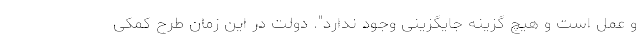
و عمل است و هیچ گزینه جایگزینی وجود ندارد". دولت در این زمان طرح کمکی